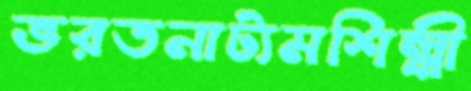
ভরতনাট্যমশিল্পী